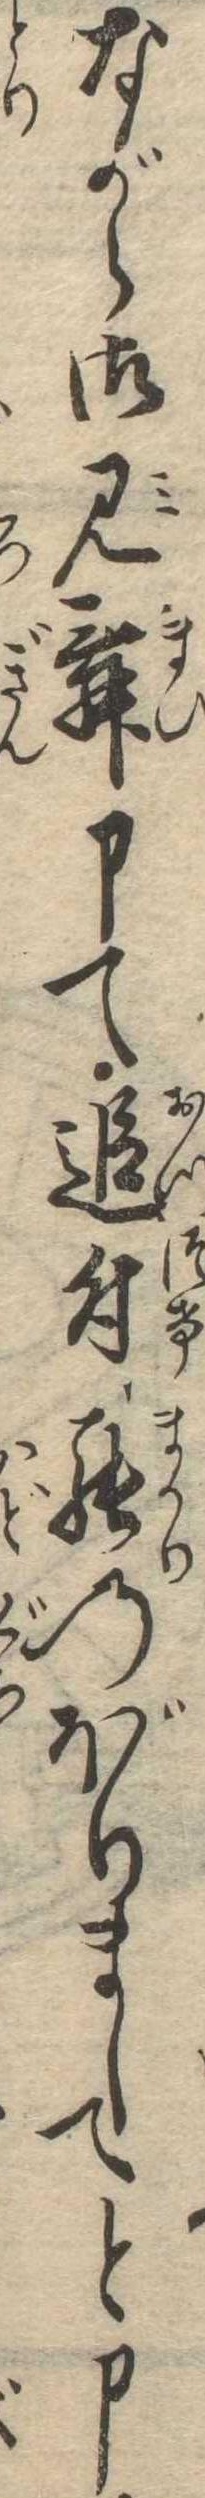
ながら御見舞申て追付罷のぼりましてと申